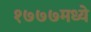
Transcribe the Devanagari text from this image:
१७७७मध्ये